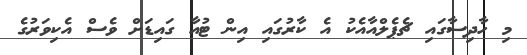
މި ހާދިސާގައި ޗެޕެލްއާއެކު އެ ކާރުގައި އިން ޓުއާ ގައިޑަށް ވެސް އެކިވަރުގެ